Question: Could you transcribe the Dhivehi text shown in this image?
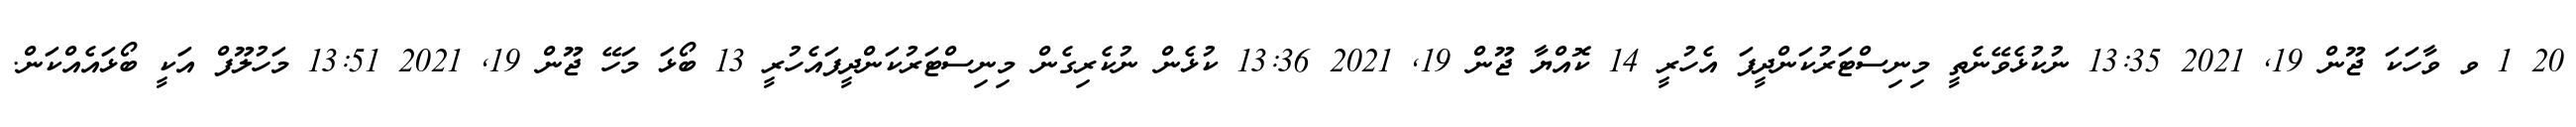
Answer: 20 1 ވ ވާހަކަ ޖޫން 19, 2021 13:35 ނުކުޅެވޭނެތީ މިނިސްޓަރުކަންދީފަ އެހުރީ 14 ކޮއްޔާ ޖޫން 19, 2021 13:36 ކުޅެން ނުކެރިގެން މިނިސްޓަރުކަންދީފައެހުރީ 13 ބޯޅަ މަހޭ ޖޫން 19, 2021 13:51 މަހުލޫފް އަކީ ބޯޅައެއްކަން.